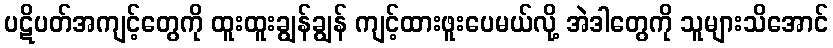
ပဋိပတ်အကျင့်တွေကို ထူးထူးချွန်ချွန် ကျင့်ထားဖူးပေမယ်လို့ အဲဒါတွေကို သူများသိအောင်